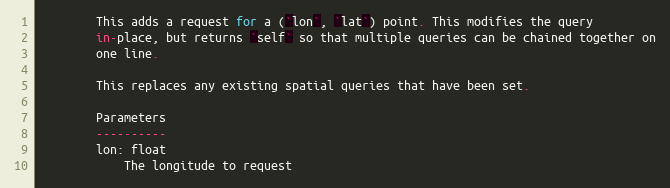
Language: Python
        This adds a request for a (`lon`, `lat`) point. This modifies the query
        in-place, but returns `self` so that multiple queries can be chained together on
        one line.

        This replaces any existing spatial queries that have been set.

        Parameters
        ----------
        lon: float
            The longitude to request